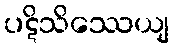
ပဋိသိဿေယျ